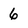
Character: 6